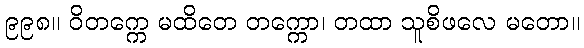
၉၉၈။ ဝိတက္ကေ မထိတေ တက္ကော၊ တထာ သူစိဖလေ မတော။